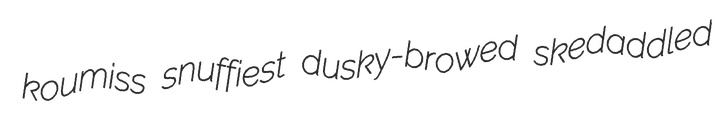
koumiss snuffiest dusky-browed skedaddled